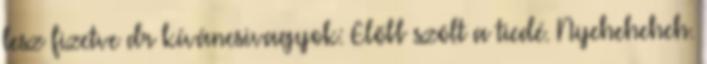
lesz fizetve dr kíváncsivagyok: Előbb szólt a tiedé. Nyeheheheh.